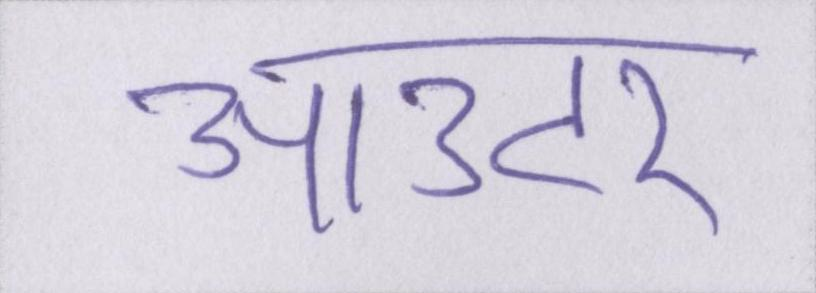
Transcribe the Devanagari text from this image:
आउटर